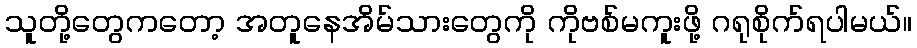
သူတို့တွေကတော့ အတူနေအိမ်သားတွေကို ကိုဗစ်မကူးဖို့ ဂရုစိုက်ရပါမယ်။